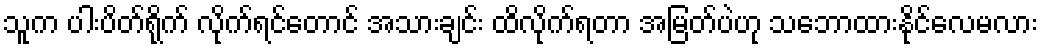
သူက ပါးပိတ်ရိုက် လိုက်ရင်တောင် အသားချင်း ထိလိုက်ရတာ အမြတ်ပဲဟု သဘောထားနိုင်လေမလား